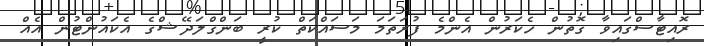
ރޮއިޓާސްގައިވާ ގޮތުން ހެކަރުން އެންމެ ފުރަތަމަ މަސައްކަތް ކުރީ ބަންގްލަދޭޝްގެ އެކައުންޓުން އެއް